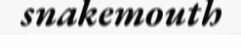
snakemouth